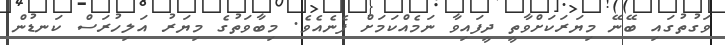
ވަގުތުގައި ބޭނޭ މިޔަރަކަށްވާތީ ދީފައިވާ ނަމެއްކަމަށް ފެނެއެވެ. މިބާވަތުގެ މިޔަރު އަލިހުރަސް ކަނޑުން